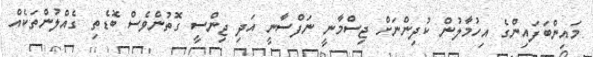
މައިންބަފައިންގެ އިހުމާލުން ކުދިންނަށް ޖިސްމާނީ ނަފްސާނީ އަދި ޖިންސީ ގޮތުންވެސް ބޮޑެތި ގެއްލުންތަކެއް